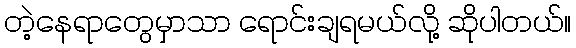
တဲ့နေရာတွေမှာသာ ရောင်းချရမယ်လို့ ဆိုပါတယ်။